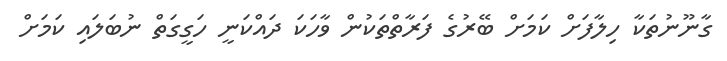
ގާނޫނުތަކާ ހިލާފަށް ކަމަށް ބޭރުގެ ފަރާތްތަކުން ވާހަކަ ދައްކަނީ ހަގީގަތް ނުބަލައި ކަަމަށް